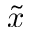
\tilde { x }